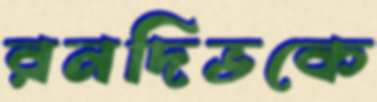
রনদিভকে